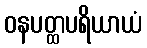
ဝနပတ္ထပရိယာယံ